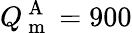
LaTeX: Q_{\mathrm{~m~}}^{\mathrm{~A~}}=900